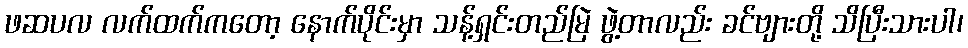
ဖဆပလ လက်ထက်ကတော့ နောက်ပိုင်းမှာ သန့်ရှင်းတည်မြဲ ဖွဲ့တာလည်း ခင်ဗျားတို့ သိပြီးသားပါ၊